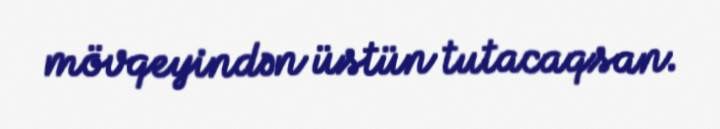
mövqeyindən üstün tutacaqsan.